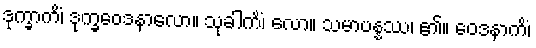
ဒုက္ခာကိံ၊ ဒုက္ခဝေဒနာလော။ သုခါကိံ၊ လော။ သမာပန္နဿ၊ ၏။ ဝေဒနာကိံ၊